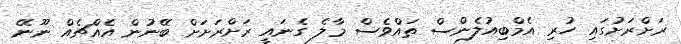
ރަށްރަށުގައި ހުރި އެމްބިއުލެންސް ތައްވެސް މާލެ ގެނައީ ރަށްރަށަށް ބޭނުން އެއްޗެއް ނޫނޭ